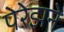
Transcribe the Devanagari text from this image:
पेरेझने